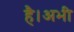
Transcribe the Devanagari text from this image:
है।अभी